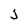
Character: j